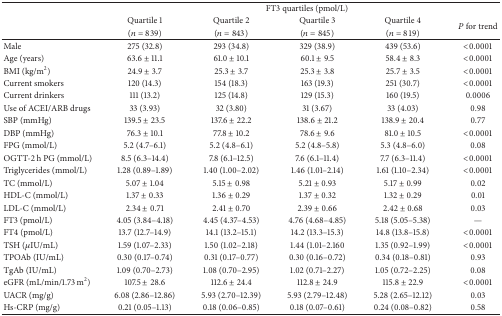
<table><thead><tr><td><b> </b></td><td colspan="5"><b>FT3 quartiles (pmol/L)</b></td></tr><tr><td><b> </b></td><td><b>Quartile 1</b></td><td><b>Quartile 2</b></td><td><b>Quartile 3</b></td><td><b>Quartile 4</b></td><td rowspan="2"><b><i>P</i> for trend</b></td></tr><tr><td><b> </b></td><td><b> (<i>n</i> = 839)</b></td><td><b> (<i>n</i> = 843)</b></td><td><b> (<i>n</i> = 845)</b></td><td><b> (<i>n</i> = 819)</b></td></tr></thead><tbody><tr><td>Male</td><td>275 (32.8)</td><td>293 (34.8)</td><td>329 (38.9)</td><td>439 (53.6)</td><td>&lt;0.0001</td></tr><tr><td>Age (years)</td><td>63.6 ± 11.1</td><td>61.0 ± 10.1</td><td>60.1 ± 9.5</td><td>58.4 ± 8.3</td><td>&lt;0.0001</td></tr><tr><td>BMI (kg/m<sup>2</sup>)</td><td>24.9 ± 3.7</td><td>25.3 ± 3.7</td><td>25.3 ± 3.8</td><td>25.7 ± 3.5</td><td>&lt;0.0001</td></tr><tr><td>Current smokers</td><td>120 (14.3)</td><td>154 (18.3)</td><td>163 (19.3)</td><td>251 (30.7)</td><td>&lt;0.0001</td></tr><tr><td>Current drinkers</td><td>111 (13.2)</td><td>125 (14.8)</td><td>129 (15.3)</td><td>160 (19.5)</td><td>0.0006</td></tr><tr><td>Use of ACEI/ARB drugs</td><td>33 (3.93)</td><td>32 (3.80)</td><td>31 (3.67)</td><td>33 (4.03)</td><td>0.98</td></tr><tr><td>SBP (mmHg)</td><td>139.5 ± 23.5</td><td>137.6 ± 22.2</td><td>138.6 ± 21.2</td><td>138.9 ± 20.4</td><td>0.77</td></tr><tr><td>DBP (mmHg)</td><td>76.3 ± 10.1</td><td>77.8 ± 10.2</td><td>78.6 ± 9.6</td><td>81.0 ± 10.5</td><td>&lt;0.0001</td></tr><tr><td>FPG (mmol/L)</td><td>5.2 (4.7–6.1)</td><td>5.2 (4.8–6.1)</td><td>5.2 (4.8–5.8)</td><td>5.3 (4.8–6.0)</td><td>0.08</td></tr><tr><td>OGTT-2 h PG (mmol/L)</td><td>8.5 (6.3–14.4)</td><td>7.8 (6.1–12.5)</td><td>7.6 (6.1–11.4)</td><td>7.7 (6.3–11.4)</td><td>&lt;0.0001</td></tr><tr><td>Triglycerides (mmol/L)</td><td>1.28 (0.89–1.89)</td><td>1.40 (1.00–2.02)</td><td>1.46 (1.01–2.14)</td><td>1.61 (1.10–2.34)</td><td>&lt;0.0001</td></tr><tr><td>TC (mmol/L)</td><td>5.07 ± 1.04</td><td>5.15 ± 0.98</td><td>5.21 ± 0.93</td><td>5.17 ± 0.99</td><td>0.02</td></tr><tr><td>HDL-C (mmol/L)</td><td>1.37 ± 0.33</td><td>1.36 ± 0.29</td><td>1.37 ± 0.32</td><td>1.32 ± 0.29</td><td>0.01</td></tr><tr><td>LDL-C (mmol/L)</td><td>2.34 ± 0.71</td><td>2.41 ± 0.70</td><td>2.39 ± 0.66</td><td>2.42 ± 0.68</td><td>0.03</td></tr><tr><td>FT3 (pmol/L)</td><td>4.05 (3.84–4.18)</td><td>4.45 (4.37–4.53)</td><td>4.76 (4.68–4.85)</td><td>5.18 (5.05–5.38)</td><td>—</td></tr><tr><td>FT4 (pmol/L)</td><td>13.7 (12.7–14.9)</td><td>14.1 (13.2–15.1)</td><td>14.2 (13.3–15.3)</td><td>14.8 (13.8–15.8)</td><td>&lt;0.0001</td></tr><tr><td>TSH (<i>μ</i>IU/mL)</td><td>1.59 (1.07–2.33)</td><td>1.50 (1.02–2.18)</td><td>1.44 (1.01–2.160</td><td>1.35 (0.92–1.99)</td><td>&lt;0.0001</td></tr><tr><td>TPOAb (IU/mL)</td><td>0.30 (0.17–0.74)</td><td>0.31 (0.17–0.77)</td><td>0.30 (0.16–0.72)</td><td>0.34 (0.18–0.81)</td><td>0.93</td></tr><tr><td>TgAb (IU/mL)</td><td>1.09 (0.70–2.73)</td><td>1.08 (0.70–2.95)</td><td>1.02 (0.71–2.27)</td><td>1.05 (0.72–2.25)</td><td>0.08</td></tr><tr><td>eGFR (mL/min/1.73 m<sup>2</sup>)</td><td>107.5 ± 28.6</td><td>112.6 ± 24.4</td><td>112.8 ± 24.9</td><td>115.8 ± 22.9</td><td>&lt;0.0001</td></tr><tr><td>UACR (mg/g)</td><td>6.08 (2.86–12.86)</td><td>5.93 (2.70–12.39)</td><td>5.93 (2.79–12.48)</td><td>5.28 (2.65–12.12)</td><td>0.03</td></tr><tr><td>Hs-CRP (mg/g)</td><td>0.21 (0.05–1.13)</td><td>0.18 (0.06–0.85)</td><td>0.18 (0.07–0.61)</td><td>0.24 (0.08–0.82)</td><td>0.58</td></tr></tbody></table>